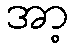
အာ့